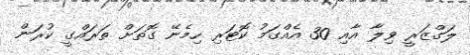
ލަގްޒަރީ ވިލާ އާއި 30 އެއްގަމު ކޮޓަރި ހިމެނޭ ގޮތަށް ތަރައްގީ ކުރަން